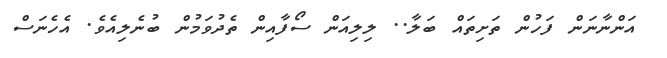
އަންނާނަން ފަހުން ތަށިތައް ބަލާ.. ލިލިއަން ސޯފާއިން ތެދުވަމުން ބުނެލިއެވެ. އެހެނަސް